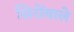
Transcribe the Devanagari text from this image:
सिरोंवाले